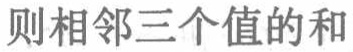
则相邻三个值的和